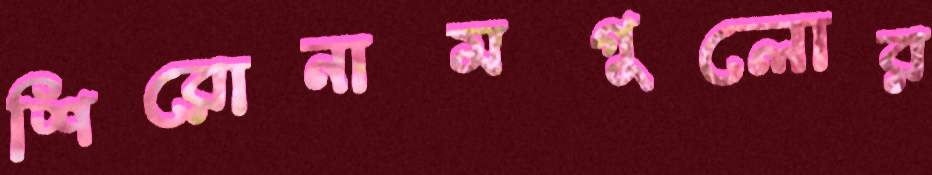
শিরোনামগুলোর